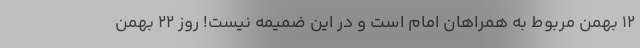
12 بهمن مربوط به همراهان امام است و در این ضمیمه نیست! روز 22 بهمن